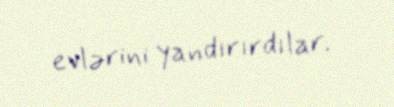
evlərini yandırırdılar.